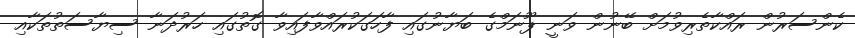
ކެންސަރުން ރައްކާތެރިވުމަށް ބޭނުން ވަނީ ޕޫނަމްގެ ބަޔާނުގައި ފާހަގަކުރައްވާފައިވާ ގޮތުގައި ހަރުދަނާ ސިޔާސަތުތަކާއި